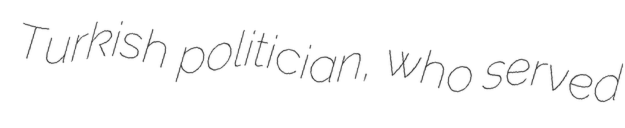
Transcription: Turkish politician, who served